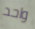
واحد